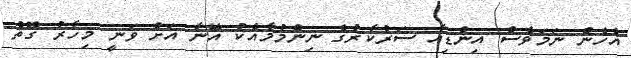
އެހެން ނަމަވެސް އިންޑިއާ ސަރުކާރުގެ ނިންމުމާއެކު އޭނާ އަށް ވަނީ މިހާރު ގޮތް